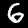
Label: 6